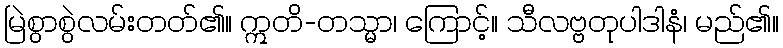
မြဲစွာစွဲလမ်းတတ်၏။ ဣတိ-တသ္မာ၊ ကြောင့်။ သီလဗ္ဗတုပါဒါနံ၊ မည်၏။